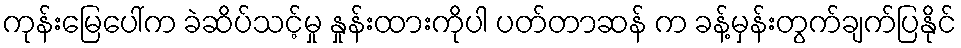
ကုန်းမြေပေါ်က ခဲဆိပ်သင့်မှု နှုန်းထားကိုပါ ပတ်တာဆန် က ခန့်မှန်းတွက်ချက်ပြနိုင်